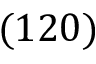
( 1 2 0 )